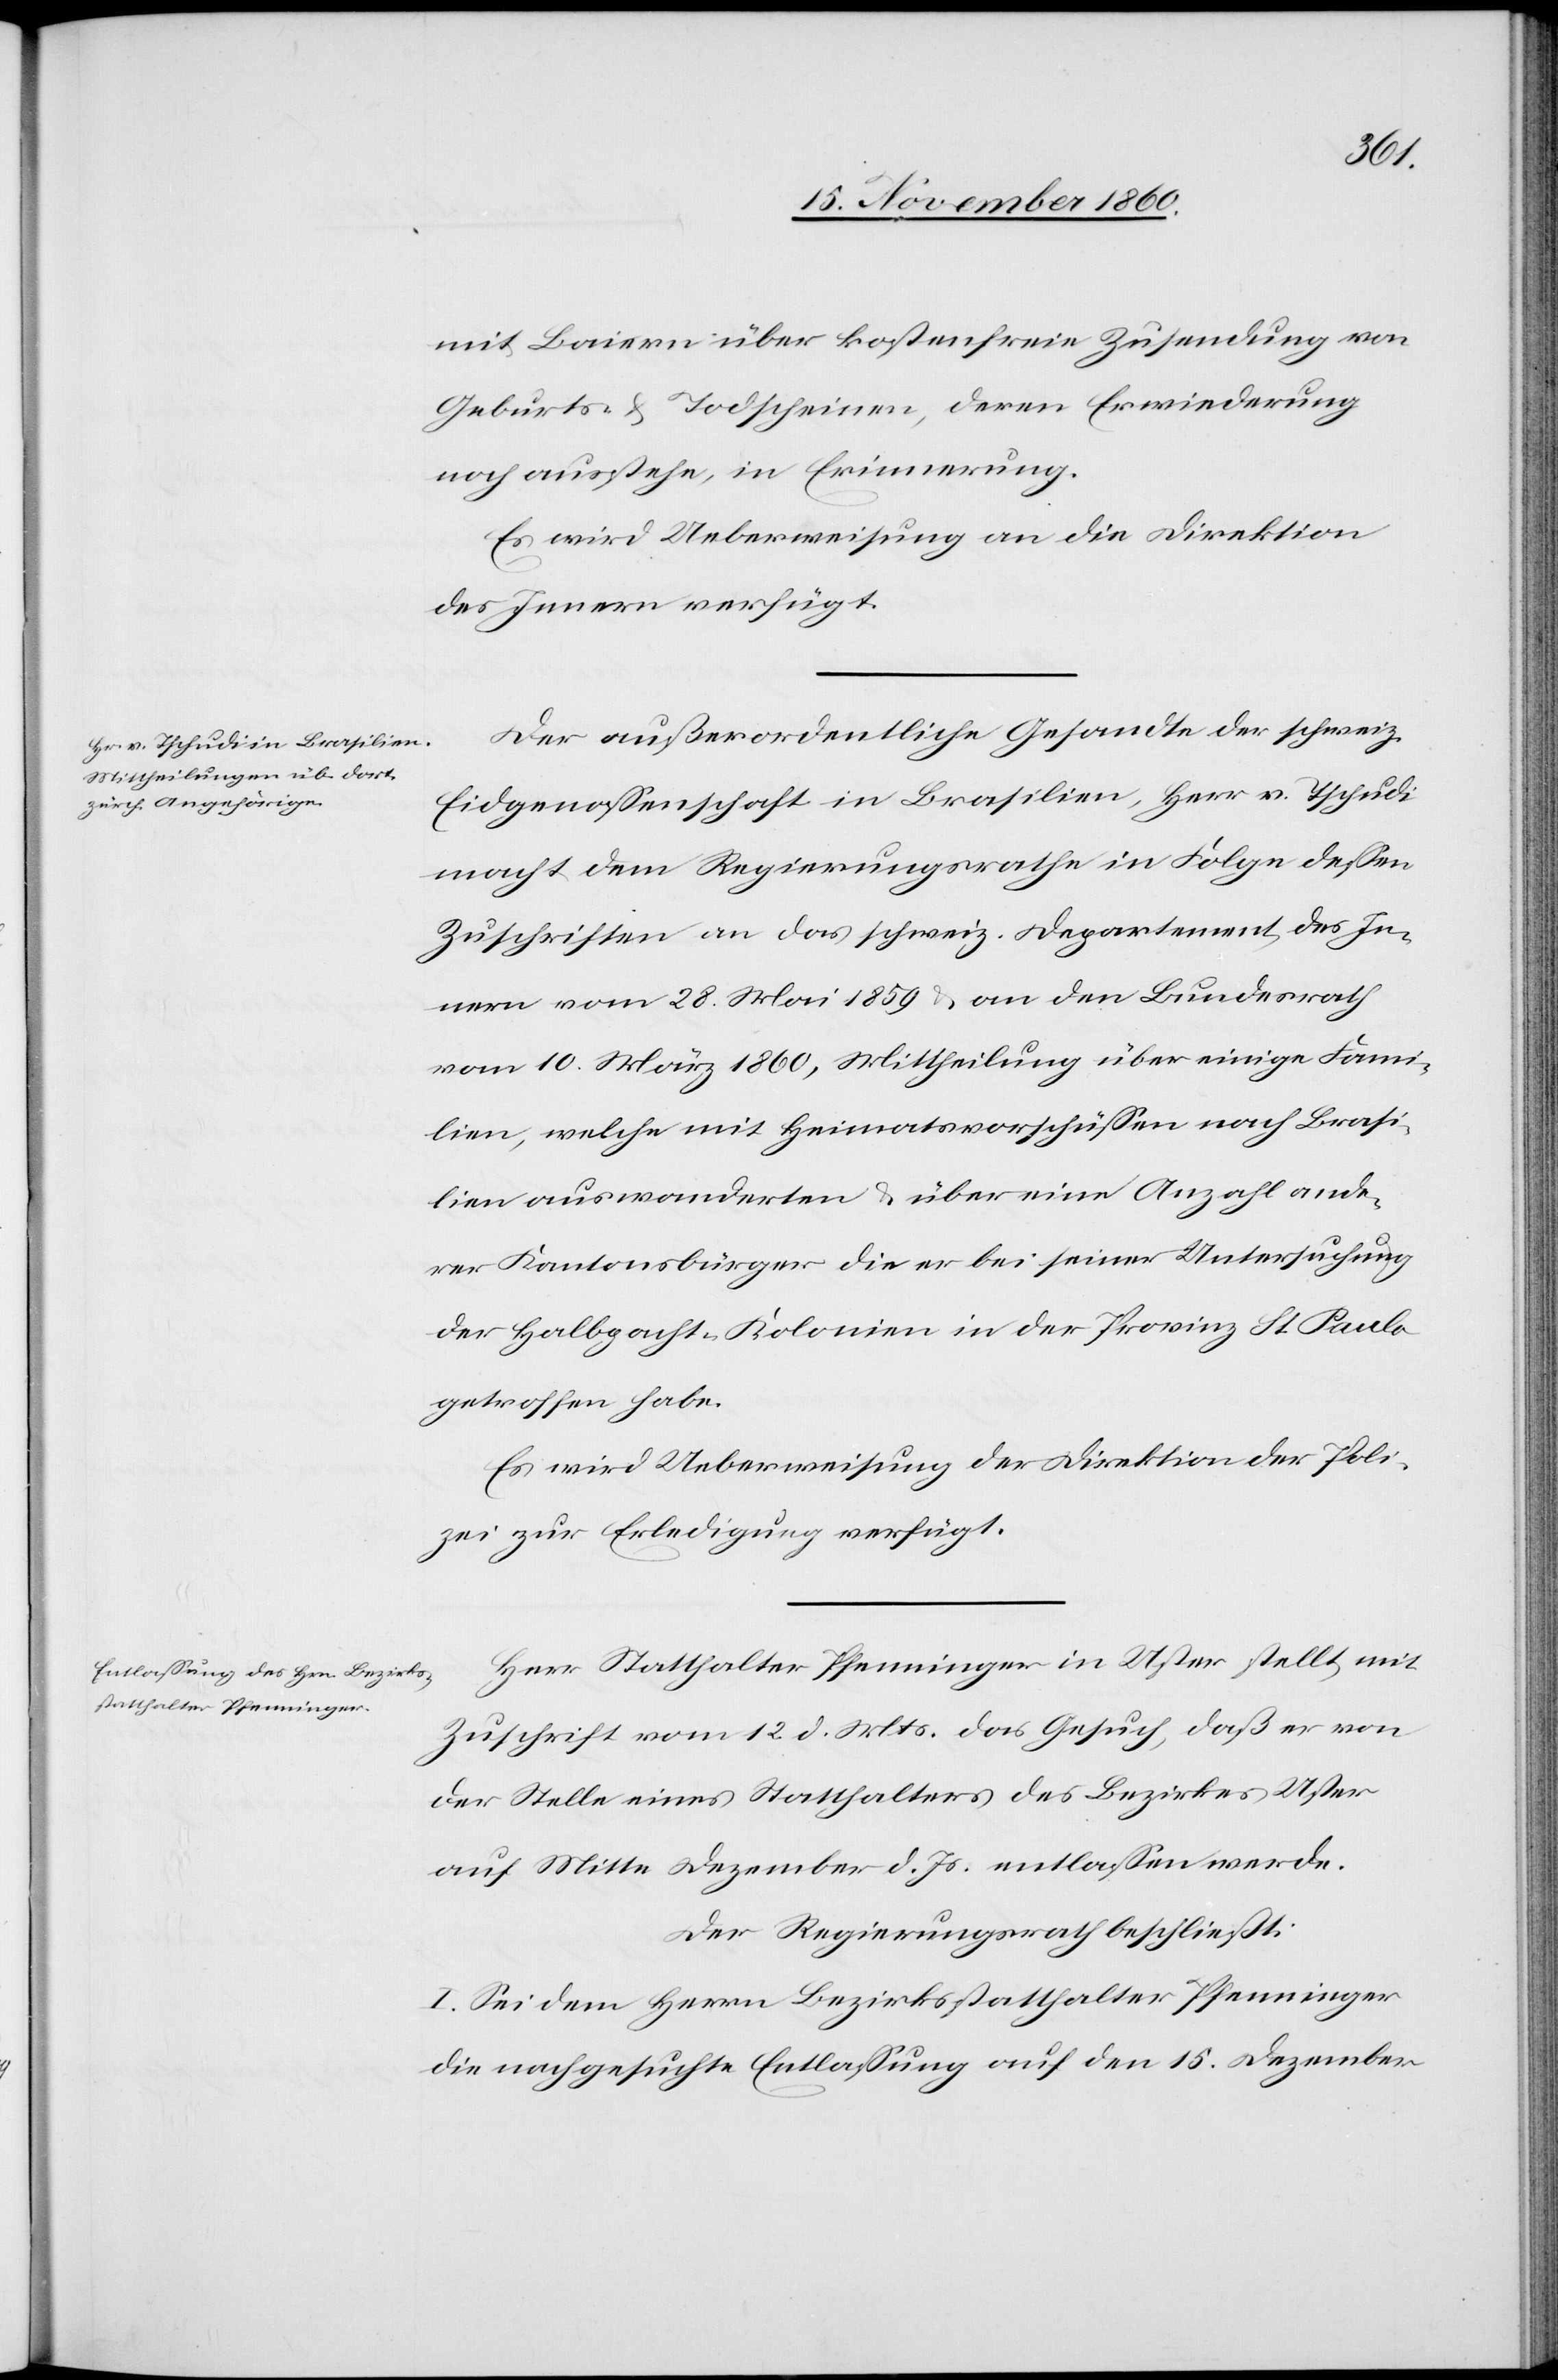
mit Baiern über kostenfreie Zusendung von
Geburts- u. Todscheinen, deren Erwiederung
noch ausstehe, in Erinnerung.
Es wird Ueberweisung an die Direktion
des Innern verfügt.
Der außerordentliche Gesandte der schweiz.
Eidgenossenschaft in Brasilien, Herr v. Tschudi
macht dem Regierungsrathe in Folge dessen
Zuschriften an das schweiz. Departement des In¬
nern vom 28. Mai 1859 u. an den Bundesrath
vom 10. März 1860, Mittheilung über einige Fami¬
lien, welche mit Heimatsvorschüssen nach Brasi¬
lien auswanderten u. über eine Anzahl ande¬
rer Kantonsbürger die er bei seiner Untersuchung
der Halbacht-Kolonien in der Provinz St. Paulo
getroffen habe.
Es wird Ueberweisung der Direktion der Poli¬
zei zur Erledigung verfügt.
Herr Statthalter Pfenninger in Uster stellt mit
Zuschrift vom 12. d. Mts. das Gesuch, daß er von
der Stelle eines Statthalters des Bezirkes Uster
auf Mitte Dezember d. Js. entlassen werde.
Der Regierungsrath beschließt:
I. Sei dem Herrn Bezirksstatthalter Pfenninger
die nachgesuchte Entlassung auf den 15. Dezember